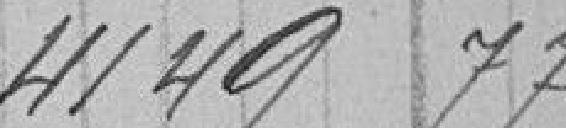
4149,77